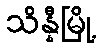
သိန္နီမြို့